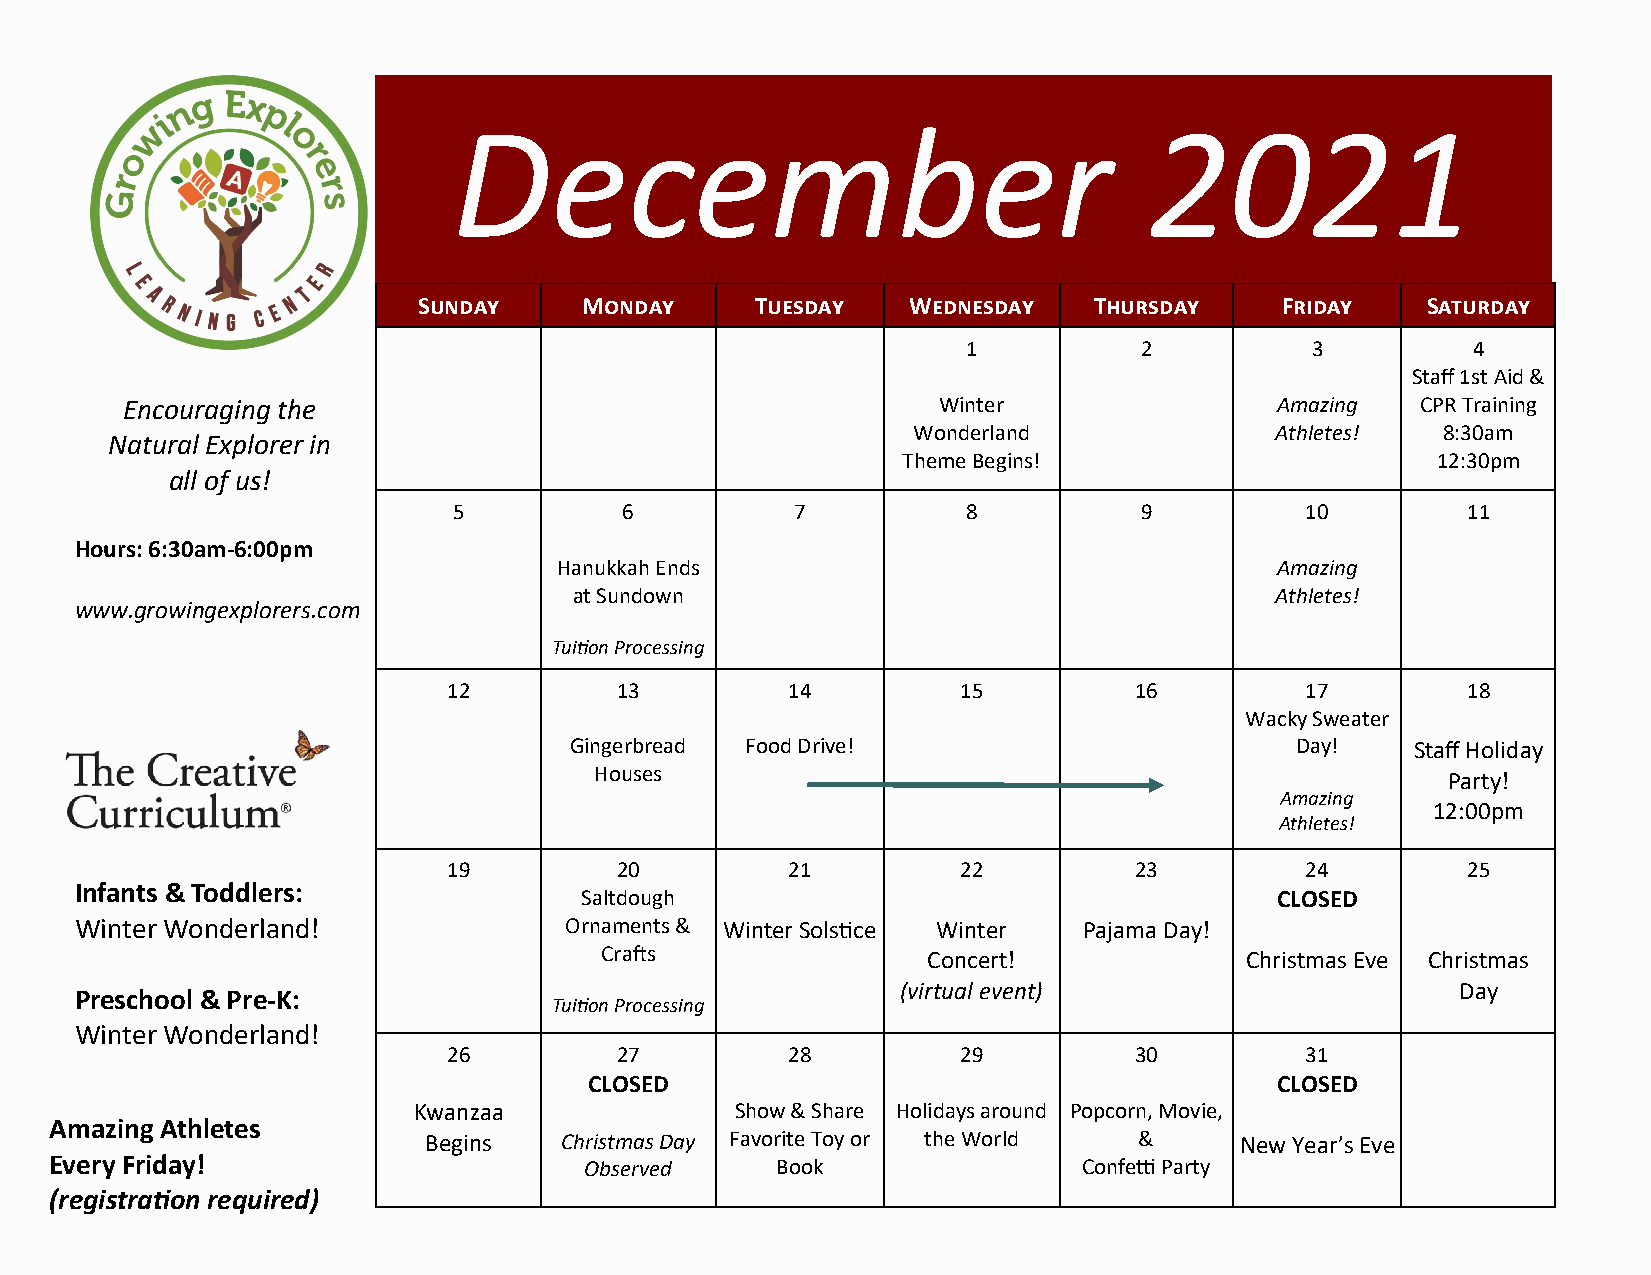
December                                      2021
 Sunday     Monday     Tuesday   Wednesday   Thursday     Friday   Saturday
 1          2           3         4
 Staff 1st Aid &
 Encouraging the                                       Winter                Amazing   CPR Training
 Wonderland              Athletes!   8:30am
 Natural Explorer in
 Theme Begins!                      12:30pm
 all of us!
 5          6           7          8          9          10         11
 Hours: 6:30am-6:00pm
 Hanukkah Ends                                  Amazing
 at Sundown                                    Athletes!
 www.growingexplorers.com
 Tuition Processing
 12         13         14          15         16         17         18
 Wacky Sweater
 Gingerbread Food Drive!                         Day!    Staff Holiday
 Houses                                                   Party!
 Amazing
 12:00pm
 Athletes!
 19         20         21          22         23         24         25
 Infants & Toddlers:
 Saltdough                                     CLOSED
 Winter Wonderland!              Ornaments & Winter Solstice Winter Pajama Day!
 Crafts               Concert!             Christmas Eve Christmas
 (virtual event)                      Day
 Preschool & Pre-K:
 Tuition Processing
 Winter Wonderland!
 26         27         28          29         30         31
 CLOSED                                       CLOSED
 Kwanzaa               Show & Share Holidays around Popcorn, Movie,
 Amazing Athletes
 Begins   Christmas Day Favorite Toy or the World &    New Year’s Eve
 Every Friday!                       Observed    Book                 Confetti Party
 (registration required)